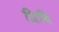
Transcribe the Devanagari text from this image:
प्रिवि